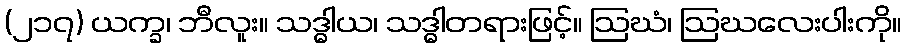
(၂၁၇) ယက္ခ၊ ဘီလူး။ သဒ္ဓါယ၊ သဒ္ဓါတရားဖြင့်။ ဩဃံ၊ ဩဃလေးပါးကို။